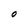
Character: O